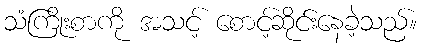
သံကြိုးစာကို အသင့် စောင့်ဆိုင်းနေခဲ့သည်။